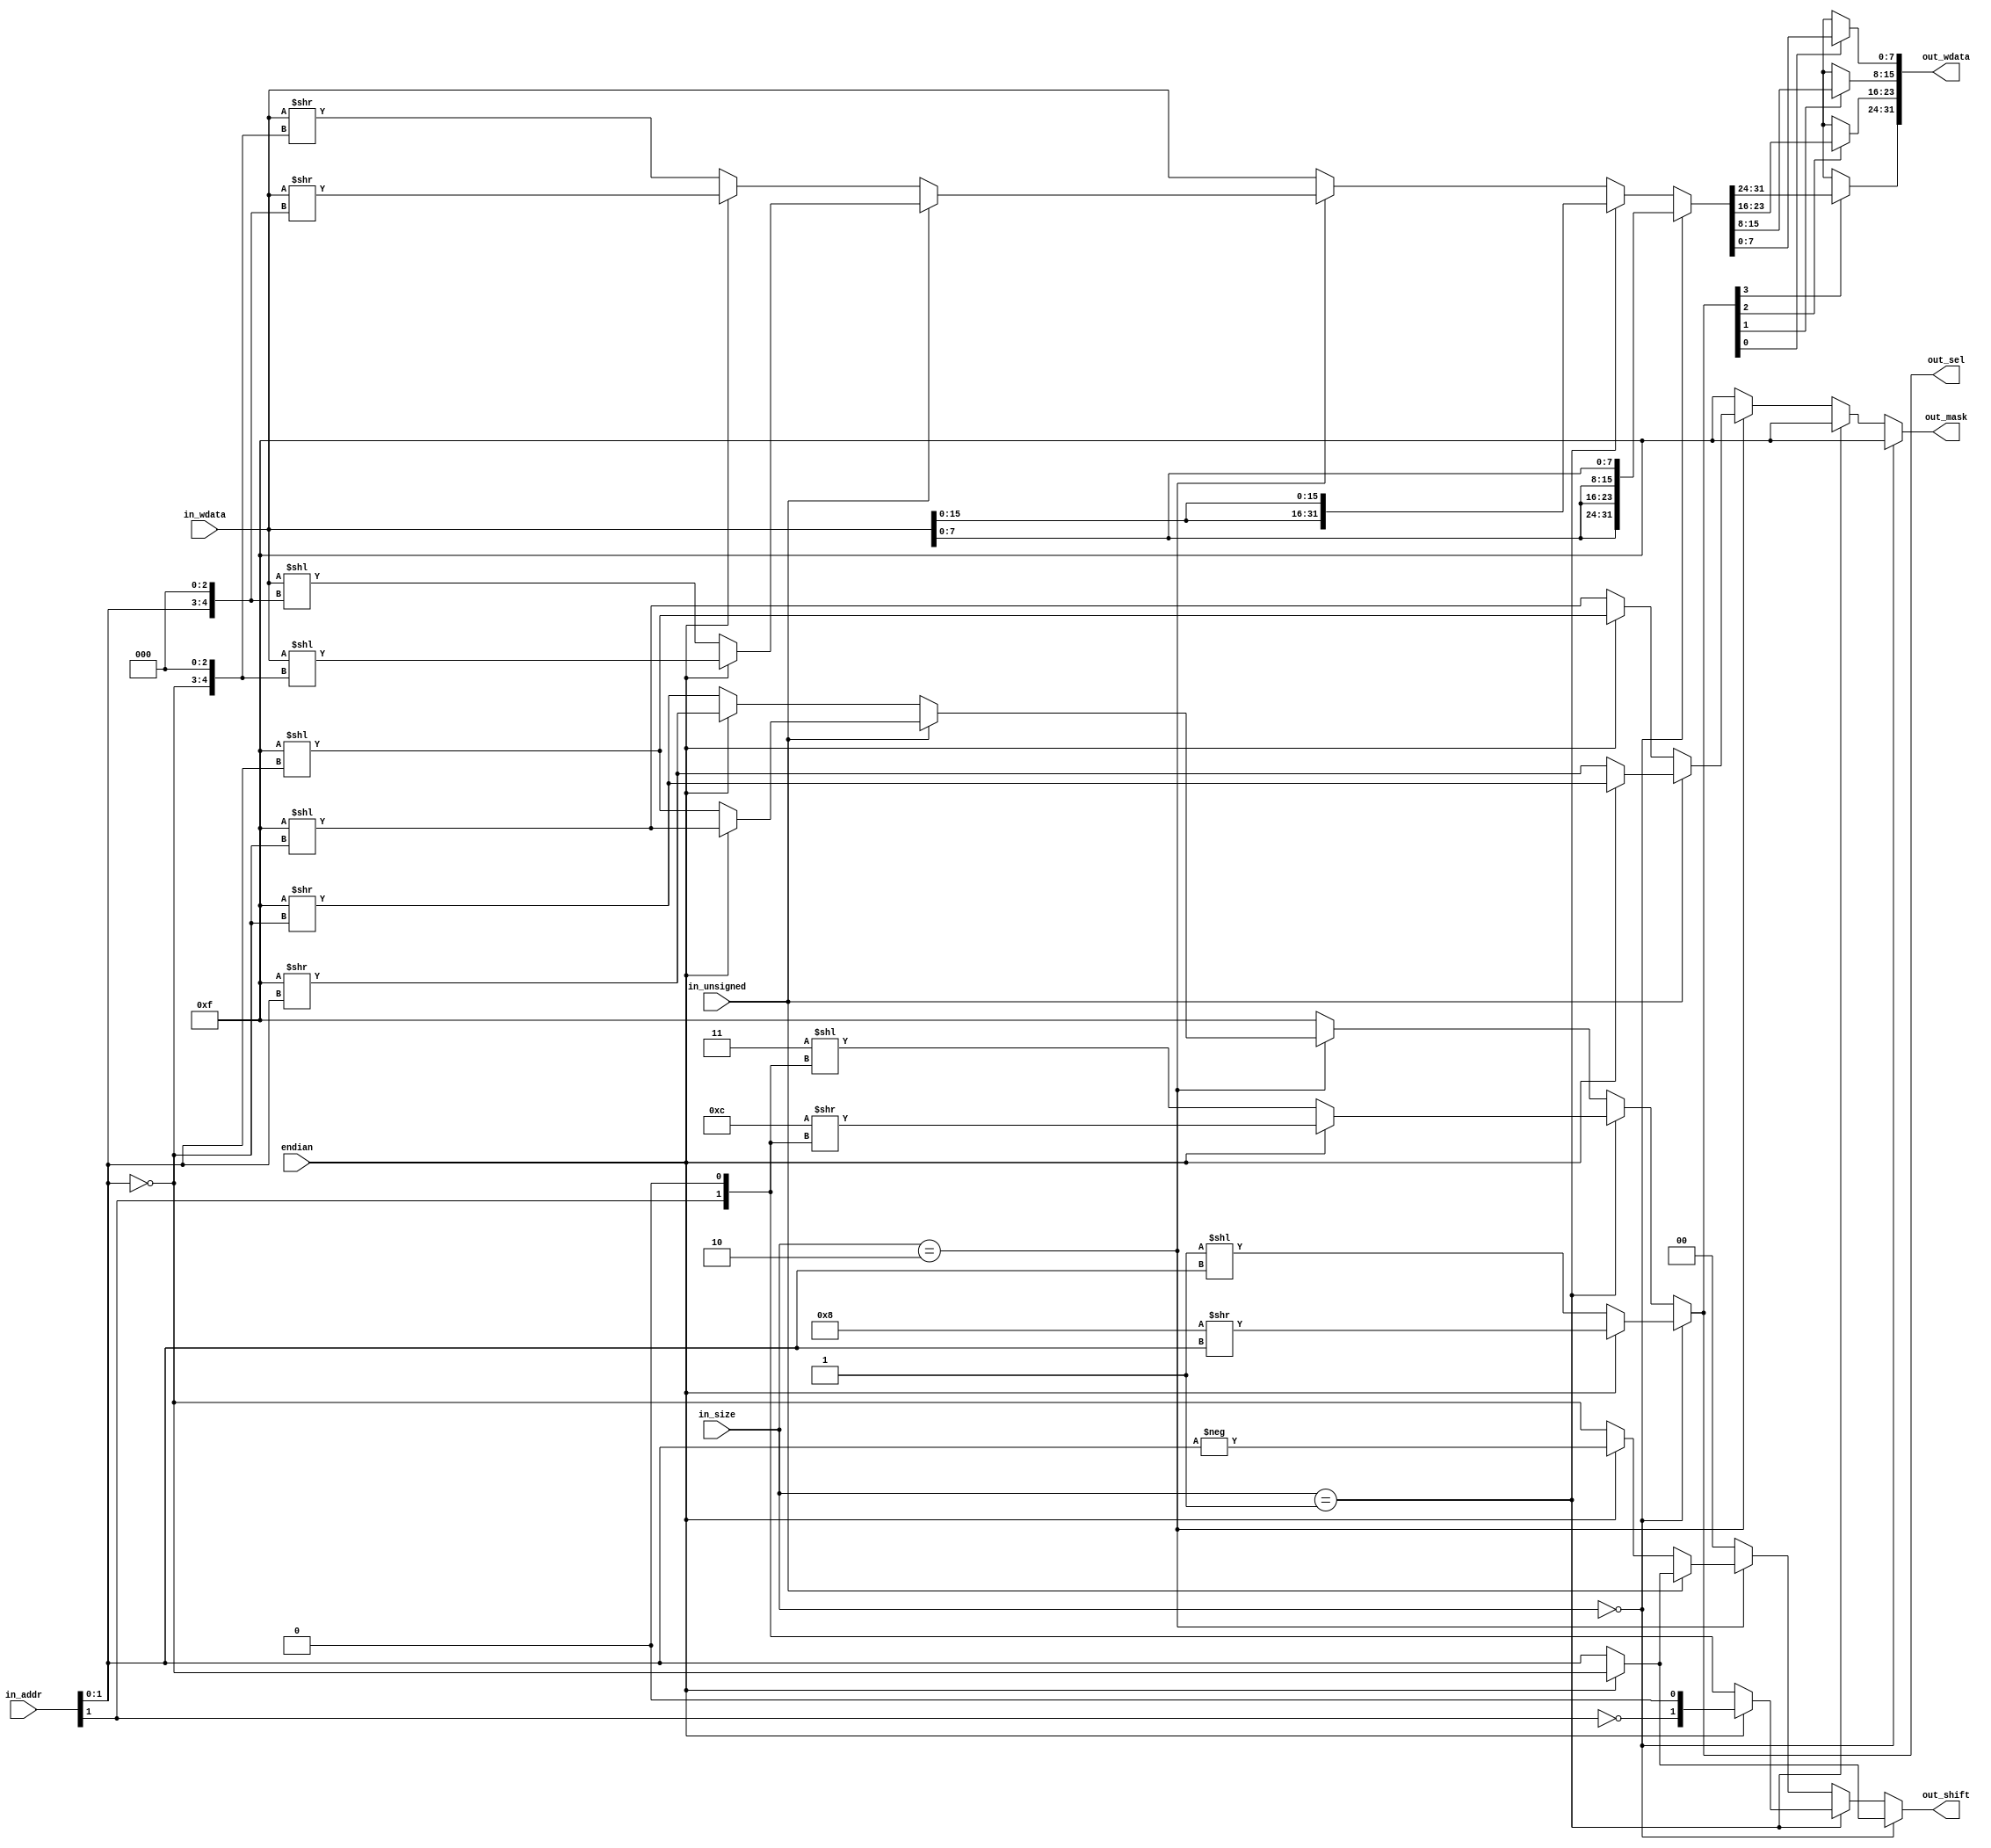
// This program was cloned from: https://github.com/ryuz/jelly
// License: MIT License

// ---------------------------------------------------------------------------
//  Jelly  -- the soft-core processor system
//    MIPS like CPU core
//
//                                  Copyright (C) 2008-2010 by Ryuz
//                                  https://github.com/ryuz/jelly.git
// ---------------------------------------------------------------------------



`timescale       1ns / 1ps
`default_nettype none



// memory access encoder
module jelly_cpu_memenc
        #(
            parameter   USE_INST_LSWLR = 1'b1
        )
        (
            input   wire                endian,
            
            input   wire    [31:0]      in_addr,
            input   wire    [31:0]      in_wdata,
            input   wire    [1:0]       in_size,
            input   wire                in_unsigned,
            
            output  wire    [3:0]       out_sel,
            output  wire    [31:0]      out_wdata,
            output  wire    [3:0]       out_mask,
            output  wire    [1:0]       out_shift
        );


    reg     [3:0]       tmp_sel;
    reg     [31:0]      tmp_wdata;
    reg     [3:0]       tmp_mask;
    reg     [1:0]       tmp_shift;

    always @* begin
        if ( in_size == 2'b00 ) begin
            if ( endian ) begin
                // byte big-endian
                tmp_sel   = (4'b1000 >> in_addr[1:0]);
                tmp_wdata = {4{in_wdata[7:0]}};
                tmp_mask  = 4'b1111;
                tmp_shift = ~in_addr[1:0];
            end 
            else begin
                // byte little-endian
                tmp_sel   = (4'b0001 << in_addr[1:0]);
                tmp_wdata = {4{in_wdata[7:0]}};
                tmp_mask  = 4'b1111;
                tmp_shift = in_addr[1:0];
            end 
        end
        else if ( in_size == 2'b01 ) begin
            if ( endian ) begin
                // half-word big-endian
                tmp_sel   = (4'b1100 >> {in_addr[1], 1'b0});
                tmp_wdata = {2{in_wdata[15:0]}};
                tmp_mask  = 4'b1111;
                tmp_shift = {~in_addr[1], 1'b0};
            end
            else begin
                // half-word little-endian
                tmp_sel   = (4'b0011 << {in_addr[1], 1'b0});
                tmp_wdata = {2{in_wdata[15:0]}};
                tmp_mask  = 4'b1111;
                tmp_shift = {in_addr[1], 1'b0};
            end
        end
        else if ( (in_size == 2'b10) && USE_INST_LSWLR ) begin
            if ( in_unsigned == 1'b0 ) begin
                if ( endian ) begin
                    // word left big-endian
                    tmp_sel   = (4'b1111 >> in_addr[1:0]);
                    tmp_wdata = (in_wdata[31:0] >> {in_addr[1:0], 3'b000});
                    tmp_mask  = (4'b1111 << in_addr[1:0]);
                    tmp_shift = -in_addr[1:0];
                end 
                else begin
                    // word left little-endian
                    tmp_sel   = (4'b1111 >> ~in_addr[1:0]);
                    tmp_wdata = (in_wdata[31:0] >> {~in_addr[1:0], 3'b000});
                    tmp_mask  = (4'b1111 << ~in_addr[1:0]);
                    tmp_shift = ~in_addr[1:0];
                end 
            end
            else begin
                if ( endian ) begin
                    // word right big-endian
                    tmp_sel   = (4'b1111 << ~in_addr[1:0]);
                    tmp_wdata = (in_wdata[31:0] << {~in_addr[1:0], 3'b000});
                    tmp_mask  = (4'b1111 >> ~in_addr[1:0]);
                    tmp_shift = ~in_addr[1:0];
                end 
                else begin
                    // word right little-endian
                    tmp_sel   = (4'b1111 << in_addr[1:0]);
                    tmp_wdata = (in_wdata[31:0] << {in_addr[1:0], 3'b000});
                    tmp_mask  = (4'b1111 >> in_addr[1:0]);
                    tmp_shift = in_addr[1:0];
                end 
            end
        end
        else begin
            // word
            tmp_sel   = 4'b1111;
            tmp_wdata = in_wdata;
            tmp_mask  = 4'b1111;
            tmp_shift = 0;
        end
        
        if ( !tmp_sel[0] ) begin tmp_wdata[7:0]   = 8'hxx; end
        if ( !tmp_sel[1] ) begin tmp_wdata[15:8]  = 8'hxx; end
        if ( !tmp_sel[2] ) begin tmp_wdata[23:16] = 8'hxx; end
        if ( !tmp_sel[3] ) begin tmp_wdata[31:24] = 8'hxx; end      
    end
    
    assign out_sel   = tmp_sel;
    assign out_wdata = tmp_wdata;
    assign out_mask  = tmp_mask;
    assign out_shift = tmp_shift;
    
endmodule



`default_nettype wire



// end of file